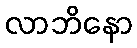
လာဘိနော